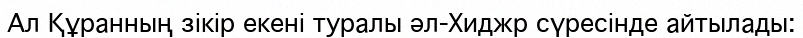
Ал Құранның зікір екені туралы әл-Хиджр сүресінде айтылады: